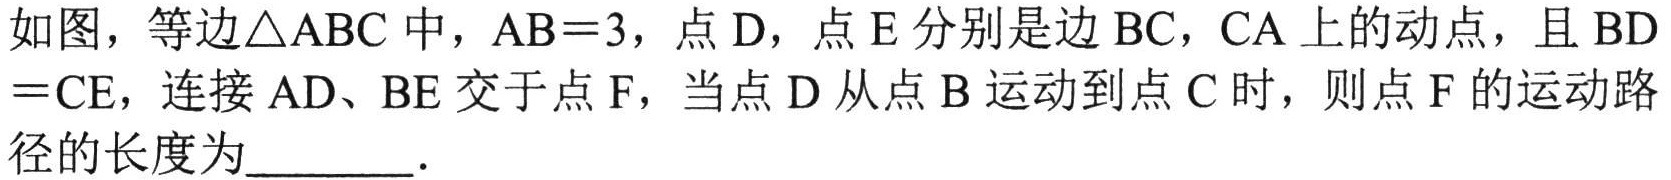
如图，等边\(\triangle ABC\)中，\(AB = 3\)，点\(D\)，点\(E\)分别是边\(BC\)，\(CA\)上的动点，且\(BD=CE\)，连接\(AD\)、\(BE\)交于点\(F\)，当点\(D\)从点\(B\)运动到点\(C\)时，则点\(F\)的运动路径的长度为________．